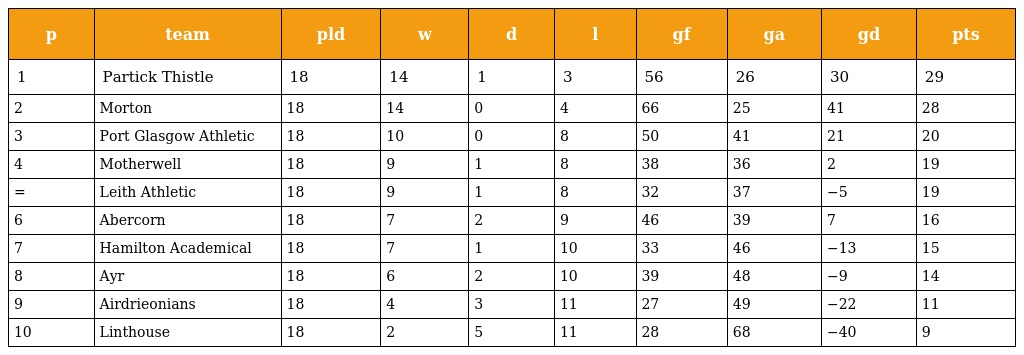
| p | team | pld | w | d | l | gf | ga | gd | pts |
 | --- | --- | --- | --- | --- | --- | --- | --- | --- | --- |
 | 1 | Partick Thistle | 18 | 14 | 1 | 3 | 56 | 26 | 30 | 29 |
 | 2 | Morton | 18 | 14 | 0 | 4 | 66 | 25 | 41 | 28 |
 | 3 | Port Glasgow Athletic | 18 | 10 | 0 | 8 | 50 | 41 | 21 | 20 |
 | 4 | Motherwell | 18 | 9 | 1 | 8 | 38 | 36 | 2 | 19 |
 | = | Leith Athletic | 18 | 9 | 1 | 8 | 32 | 37 | −5 | 19 |
 | 6 | Abercorn | 18 | 7 | 2 | 9 | 46 | 39 | 7 | 16 |
 | 7 | Hamilton Academical | 18 | 7 | 1 | 10 | 33 | 46 | −13 | 15 |
 | 8 | Ayr | 18 | 6 | 2 | 10 | 39 | 48 | −9 | 14 |
 | 9 | Airdrieonians | 18 | 4 | 3 | 11 | 27 | 49 | −22 | 11 |
 | 10 | Linthouse | 18 | 2 | 5 | 11 | 28 | 68 | −40 | 9 |